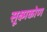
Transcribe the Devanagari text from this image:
सूक्ष्मकोण